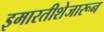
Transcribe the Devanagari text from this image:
इमारतीशेजारून